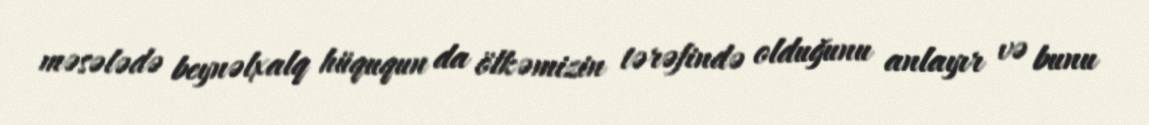
məsələdə beynəlxalq hüququn da ölkəmizin tərəfində olduğunu anlayır və bunu